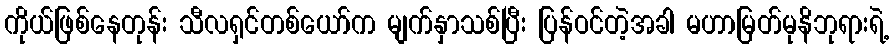
ကိုယ်ဖြစ်နေတုန်း သီလရှင်တစ်ယော်က မျက်နှာသစ်ပြီး ပြန်ဝင်တဲ့အခါ မဟာမြတ်မုနိဘုရားရဲ့